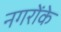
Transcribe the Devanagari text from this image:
नगरोंके